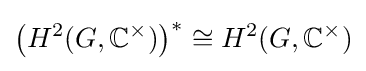
{\bigl (}H^{2}(G,\mathbb {C} ^{\times }){\bigr )}^{*}\cong H^{2}(G,\mathbb {C} ^{\times })